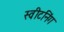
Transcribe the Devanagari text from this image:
स्वीटनिंग